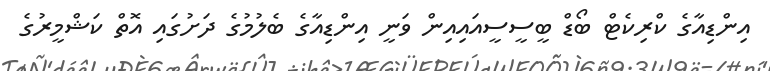
އިންޑިއާގެ ކްރިކެޓް ބޯޑް ބީސީސީއައިއިން ވަނީ އިންޑިއާގެ ބެލުމުގެ ދަށުގައި އޮތް ކަޝްމީރުގެ